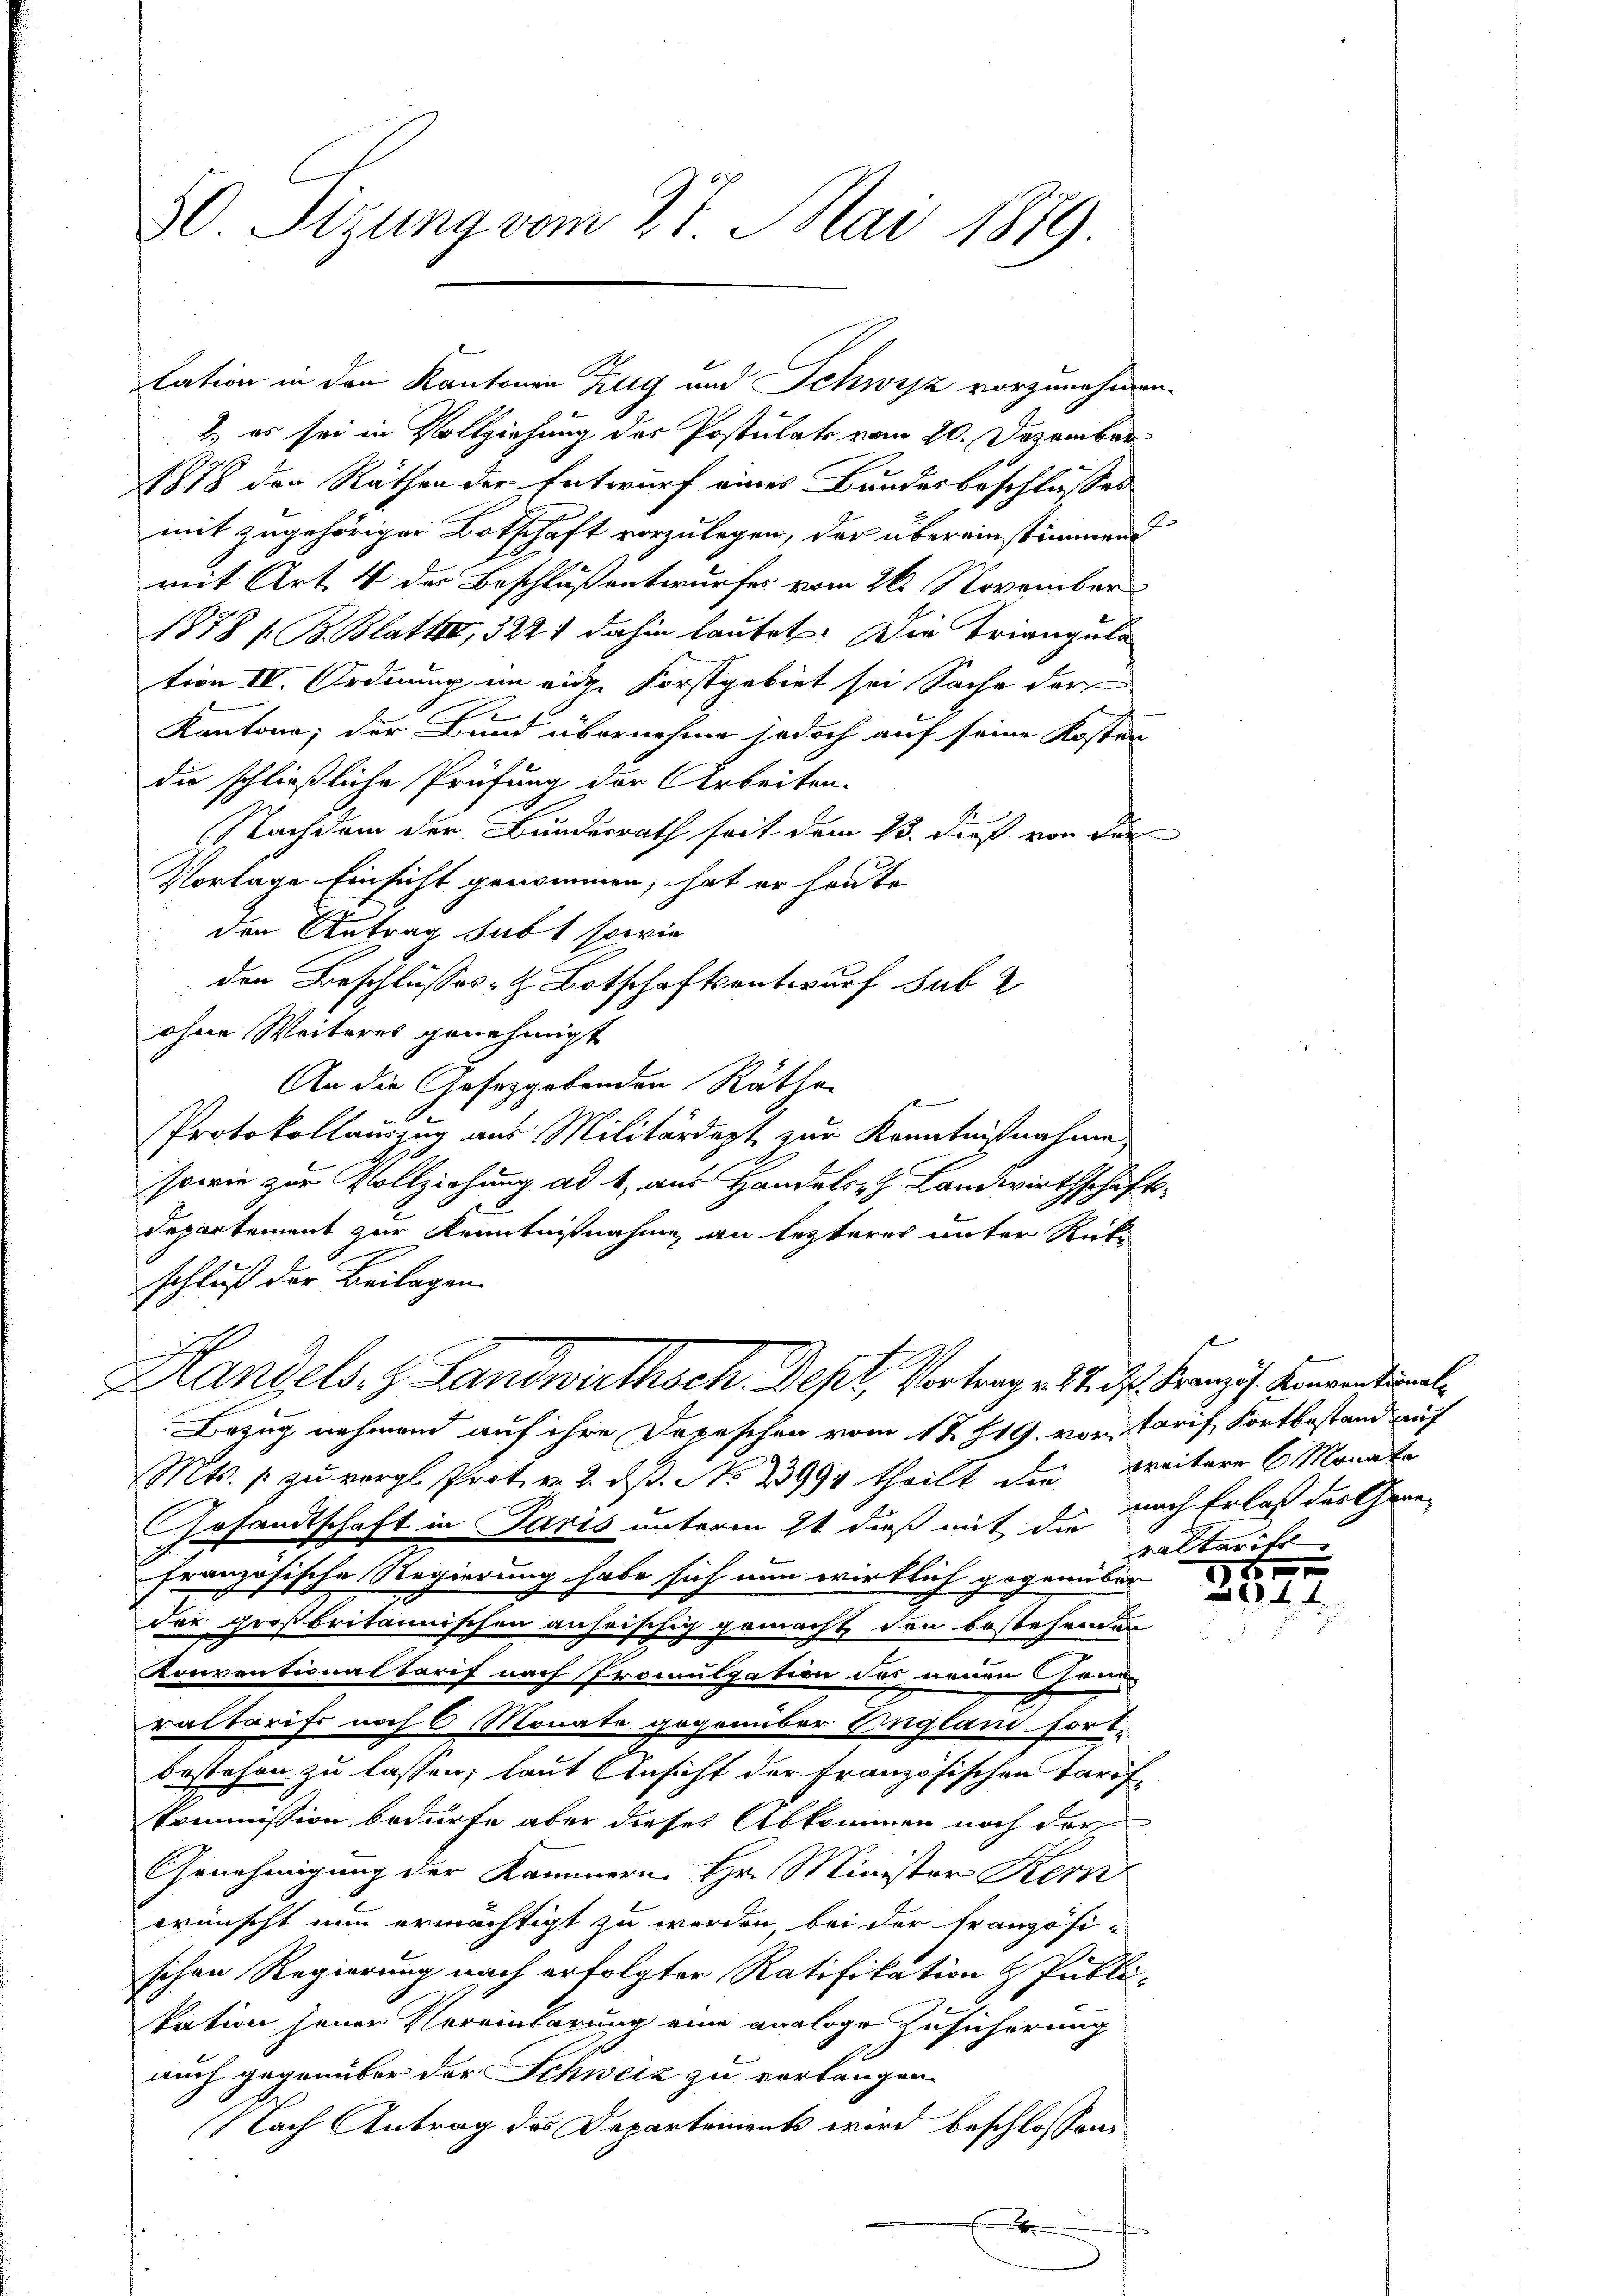
50. Sizung vom 27. Mai 1879.

lation in den Kantonen Zug und Schwyz vorzunehmen.
2.) es sei in Vollziehung des Postulats vom 20. Dezember
1878 der Räthen der Entwurf eines Bundesbeschlusses
mit zugehöriger Botschaft vorzulegen, der übereinstimmend
mit Art. 4 des Beschluß entwurfes vom 26. November
1878 / B. Blatte, 322 dahin lautet: Die Triangula
tion IV. Ordnung im eine Forstgebiet sei Sache der
Kantone; der Bund übernehme jedoch auf seine Kosten
die schließliche Prüfung der Arbeiten.
Nachdem der Bundesrath seit dem 13. dieß von der
Vortage Einsicht genommen, hat er heute
den Antrag subt sowie
den Beschlusses Botschaftsentwurf sub 2
ohne Weiteres genehmigt
An die Gesetzgebenden Räthe
Protokollauszug aus Militärdept zur Kenntnißnahme,
sowie zur Vollziehung ad 1, aus Handelsch Landwirthschaft
Departement zur Kenntnisnahme an lezteres unter Rücke
schluß der Beilagen.
n
Handels. z. Landwirthsch. Dept, Vortrag. 11. J. Kampf. Konvential
Bezug nehmend auf ihre Depeschen vom 12. 19. vor Tarif, Fortbestand auf
Mts. 1 zu vergl. Prot. v. 2. ds. No. 23994 theilt die Weitere 6 Monate
Gesandtschaft in Paris unterm 2t dieß mit die nach Erlaß der Gene-
französische Regierung habe sich nun wirklich gegenüber
der großbritannischen anheischig gemacht, den bestehenden
Konventionaltarif nach Promulgation des neuen Grun
raltarifs noch 6 Monate gegenüber England fort
bestehen zu lassen, laut Ansicht der Französischen Tarifkommission bedürfe aber dieses Abkommen noch der
Genehmigung der Kammern. Hr. Minister Kern
wünscht nun ermächtigt zu werden, bei der französi-
schen Regierung nach erfolgter Ratifikation & Publikation jener Vereinbarung eine analoge Zusicherung
auch gegenüber der Schweiz zu verlangen.
Nach Antrag des Departements wird beschlossen:
.

l
raltarit

187
201